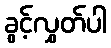
ခွင့်လွှတ်ပါ